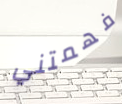
فهمتني